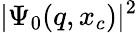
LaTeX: \vert\Psi_{0}(q,x_{c})\vert^{2}